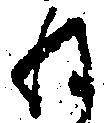
ね